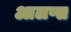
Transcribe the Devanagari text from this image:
आलप्स